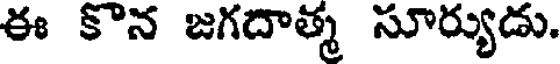
ఈ కొన జగదాత్మ సూర్యుడు.